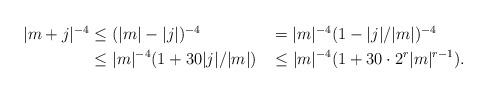
LaTeX: \begin{align*}\begin{aligned} |m+j|^{-4} &\le (|m|-|j|)^{-4} & &= |m|^{-4}(1-|j|/|m|)^{-4}\\&\le |m|^{-4}(1+ {30}|j|/|m|) & &\le |m|^{-4}(1 + {30\cdot2^r}|m|^{r-1}).\end{aligned}\end{align*}